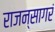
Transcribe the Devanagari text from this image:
राजन्सागरं